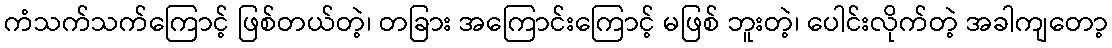
ကံသက်သက်ကြောင့် ဖြစ်တယ်တဲ့၊ တခြား အကြောင်းကြောင့် မဖြစ် ဘူးတဲ့၊ ပေါင်းလိုက်တဲ့ အခါကျတော့